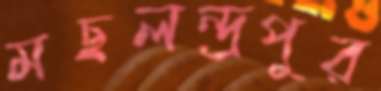
মছলন্দ্রপুর